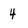
Character: 4